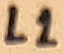
Text: L1